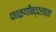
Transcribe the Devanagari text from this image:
फाळणीबद्दलच्या